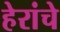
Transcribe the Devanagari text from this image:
हेरांचे